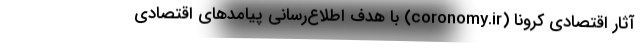
آثار اقتصادی کرونا (coronomy.ir) با هدف اطلاع‌رسانی پیامدهای اقتصادی